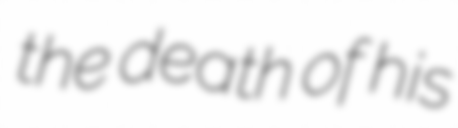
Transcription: the death of his